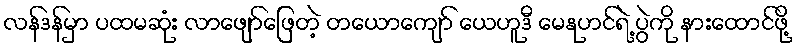
လန်ဒန်မှာ ပထမဆုံး လာဖျော်ဖြေတဲ့ တယောကျော် ယေဟူဒီ မေနုဟင်ရဲ့ ပွဲကို နားထောင်ဖို့